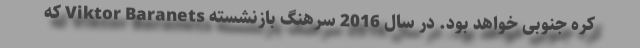
کره جنوبی خواهد بود. در سال 2016 سرهنگ بازنشسته Viktor Baranets که